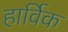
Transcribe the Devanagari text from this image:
हार्विक